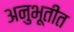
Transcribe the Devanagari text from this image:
अनुभूतीत